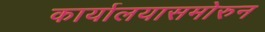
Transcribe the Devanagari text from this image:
कार्यालयासमोरुन